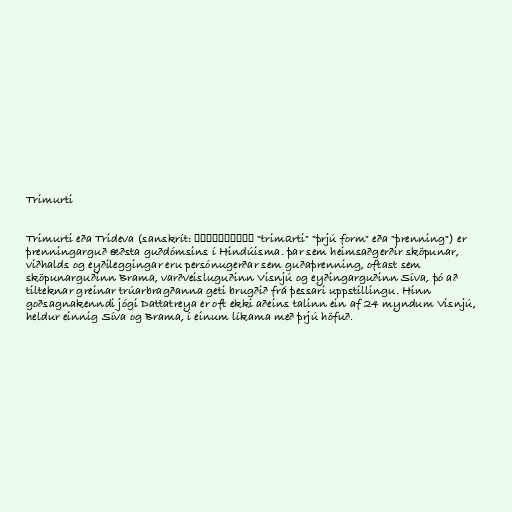
Trimurti

Trimurti eða Trideva (sanskrít: त्रिमूर्ति "trimūrti" "þrjú form" eða "þrenning") er
þrenningarguð æðsta guðdómsins í Hindúisma. þar sem heimsaðgerðir sköpunar,
viðhalds og eyðileggingar eru persónugerðar sem guðaþrenning, oftast sem
sköpunarguðinn Brama, varðveisluguðinn Visnjú og eyðingarguðinn Síva, þó að
tilteknar greinar trúarbragðanna geti brugðið frá þessari uppstillingu. Hinn
goðsagnakenndi jógi Dattatreya er oft ekki aðeins talinn ein af 24 myndum Visnjú,
heldur einnig Síva og Brama, í einum líkama með þrjú höfuð.